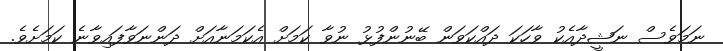
ނަމަވެސް ނަޝީދާއެކު ވާހަކަ ދައްކަވަން ބޭނުންފުޅު ނުވާ ކަމަށް އެކަމަނާއަށް ދަންނަވާފައިވާނެ ކަމަށެވެ.